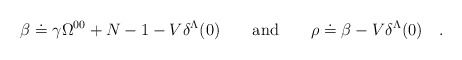
\begin{align*}\beta \doteq \gamma \Omega^{00} +N-1-V\delta^{\Lambda}(0) \qquad {\rm and}\qquad \rho \doteq \beta -V\delta^{\Lambda}(0) \quad .\end{align*}